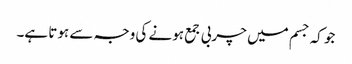
جو کہ جسم میں چربی جمع ہونے کی وجہ سے ہوتا ہے۔